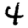
Digit: 4